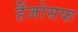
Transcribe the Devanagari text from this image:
हैंजोसफ